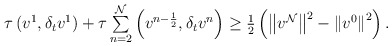
\begin{align*} \begin{array}{ll} \tau\left(v^{1},\delta_{t}v^1\right)+ \tau\sum\limits^{\mathcal{N}}_{n=2}\left(v^{n-\frac{1}{2}},\delta_{t}v^{n}\right)\geq \frac{1}{2}\left(\left\|v^{\mathcal{N}}\right\|^{2}- \left\|v^{0}\right\|^{2}\right). \end{array} \end{align*}